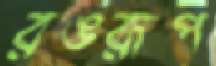
রঙরূপ